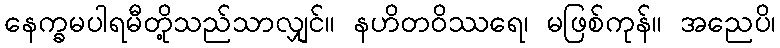
နေက္ခမပါရမီတို့သည်သာလျှင်။ နဟိတဝိဿရေ၊ မဖြစ်ကုန်။ အညေပိ၊